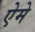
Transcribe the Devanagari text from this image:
ऐमे